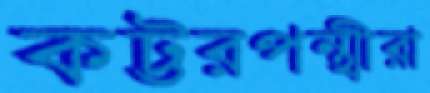
কট্টরপন্থীরা